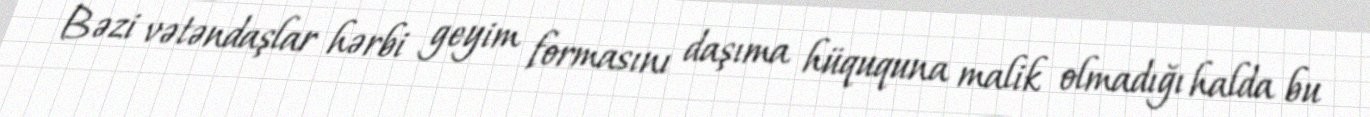
Bəzi vətəndaşlar hərbi geyim formasını daşıma hüququna malik olmadığı halda bu